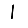
Digit: 1